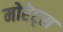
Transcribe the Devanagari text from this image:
मोरेट्स